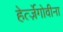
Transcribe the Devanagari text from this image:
हेर्त्ज़ेगोवीना